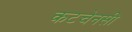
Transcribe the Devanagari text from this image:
कटचेनसी